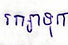
រក្សាទុក